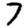
Digit: 7